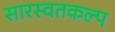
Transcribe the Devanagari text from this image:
सारस्वतकल्प